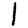
Digit: 1